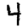
Digit: 4